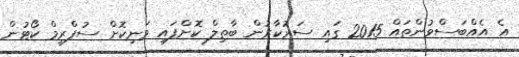
އެ އެއްބަސްވުންތައް 2015 ގައި ސަރުކާރުން ބާތިލް ކޮށްފައި ވަނިކޮށް ސުޕްރީމް ކޯޓުން